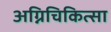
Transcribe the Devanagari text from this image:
अग्निचिकित्सा